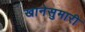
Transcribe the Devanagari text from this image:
खानेसुमारी